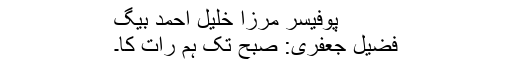
پوفیسر مرزا خلیل احمد بیگ
فضیل جعفری: صبح تک ہم رات کا۔